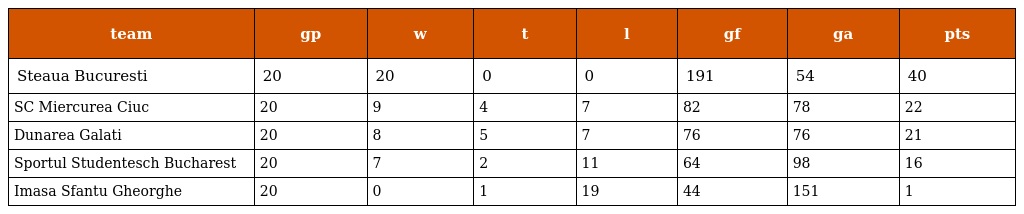
| team | gp | w | t | l | gf | ga | pts |
 | --- | --- | --- | --- | --- | --- | --- | --- |
 | Steaua Bucuresti | 20 | 20 | 0 | 0 | 191 | 54 | 40 |
 | SC Miercurea Ciuc | 20 | 9 | 4 | 7 | 82 | 78 | 22 |
 | Dunarea Galati | 20 | 8 | 5 | 7 | 76 | 76 | 21 |
 | Sportul Studentesch Bucharest | 20 | 7 | 2 | 11 | 64 | 98 | 16 |
 | Imasa Sfantu Gheorghe | 20 | 0 | 1 | 19 | 44 | 151 | 1 |